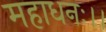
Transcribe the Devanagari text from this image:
महाधनः।।